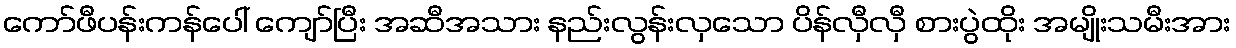
ကော်ဖီပန်းကန်ပေါ် ကျော်ပြီး အဆီအသား နည်းလွန်းလှသော ပိန်လှီလှီ စားပွဲထိုး အမျိုးသမီးအား